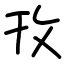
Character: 攼